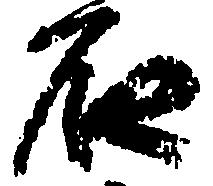
石